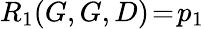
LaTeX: R_{1}(G,G,D)\! =\! p_{1}